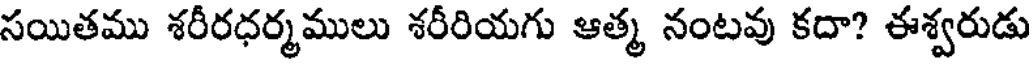
సయితము శరీరధర్మములు శరీరియగు ఆత్మ నంటవు కదా? ఈశ్వరుడు